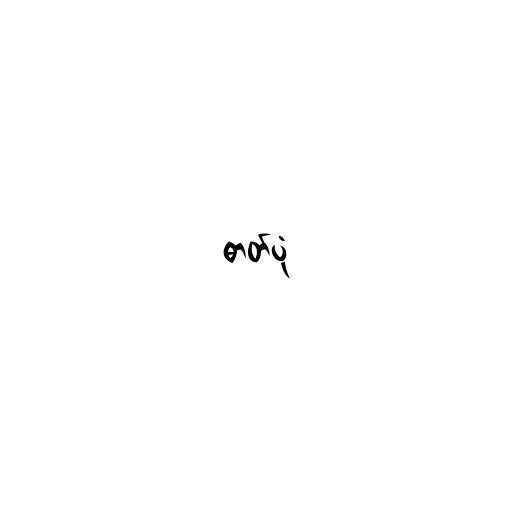
ဓာတ်ပုံ